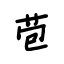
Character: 苞